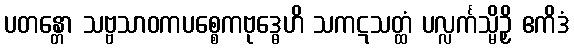
ပတန္တော သဗ္ဗသာဝကပစ္စေကဗုဒ္ဓေဟိ သကဋသတ္ထံ ပလ္လင်္ကသ္မိဉှိ ဧကိဒံ